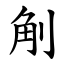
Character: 㓩